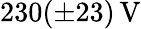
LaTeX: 230(\pm 23)\, \mathrm{V}